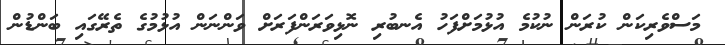
މަސްވެރިކަން ކުރަން ނުކުމެ އުޅުމަށްފަހު އެނބުރި ނޮޅިވަރަންފަރަށް ވަންނަން އުޅުމުގެ ތެރޭގައި ބަންޑުން